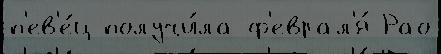
п'ев'е́ц получи́ла ф'еврал'я́ Рао